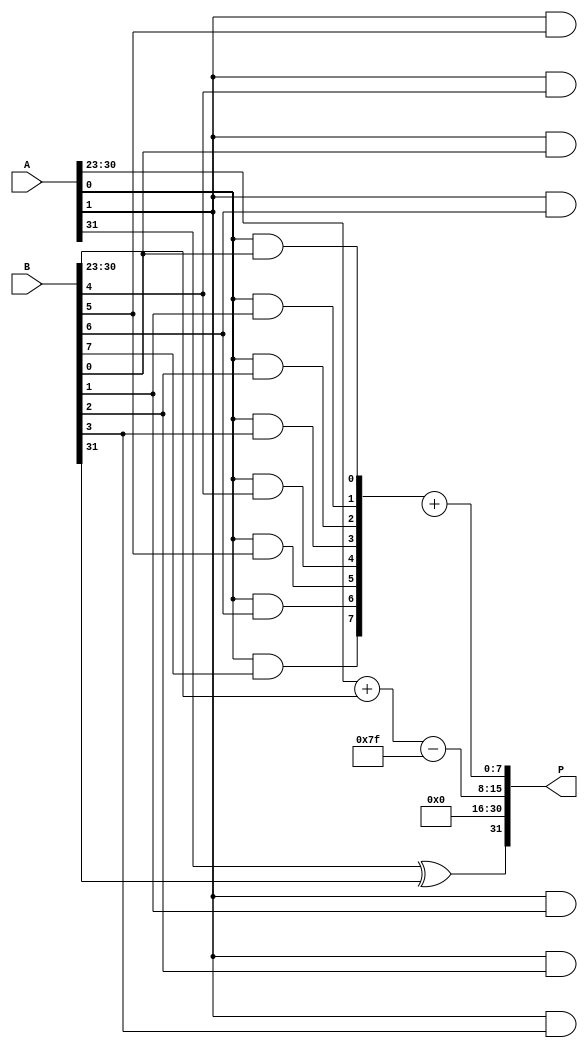
module floating_point_wallace_tree_multiplier #(
    parameter E = 8,  // Number of exponent bits
    parameter M = 23   // Number of significand bits
)(
    input [E + M:0] A,   // Floating-point input A
    input [E + M:0] B,   // Floating-point input B
    output reg [E + M:0] P // Product output P
);

    // Constants
    localparam BIAS = (1 << (E - 1)) - 1;

    // Extracting parts
    wire signA = A[E + M];
    wire signB = B[E + M];
    wire [E-1:0] expA = A[E + M - 1:E + M - E];
    wire [E-1:0] expB = B[E + M - 1:E + M - E];
    wire [M-1:0] sigA = A[M-1:0];
    wire [M-1:0] sigB = B[M-1:0];

    // Partial Product Generation
    wire [(M+M)-1:0] partial_products [0:M-1];
    genvar i, j;
    generate
        for (i = 0; i < M; i = i + 1) begin : pp_gen
            for (j = 0; j < M; j = j + 1) begin : pp_gen_inner
                assign partial_products[i][i + j] = sigA[i] & sigB[j];
            end
        end
    endgenerate

    // Wallace Tree Reduction (Using simple reduction for illustration)
    wire [(M+M)-1:0] sum [0:M-2]; // Intermediate sums
    wire [(M+M)-1:0] carry [0:M-2]; // Carries
    wire [M + M - 1:0] final_sum;

    // Simple reduction logic for demonstration purposes
    // This is where the Full Adder and Half Adder structures would normally go
    generate
        for (i = 0; i < M-1; i = i + 1) begin : reduction
            // Assume some form of reduction happens here
            assign sum[i] = partial_products[i] + partial_products[i+1]; // Simplified for clarity
            assign carry[i] = sum[i] >> 1; // Simple carry out
        end
    endgenerate

    // Final significand (Assuming M + M bits)
    wire [2*M+1:0] significand_out; // Final output significand
    assign significand_out = sum[0]; // Simplified: would normally involve more thorough reduction

    // Exponent Calculation
    wire [E-1:0] result_exponent = expA + expB - BIAS;

    // Sign Calculation
    wire result_sign = signA ^ signB;

    // Assemble final output (note: normalization and rounding not implemented ideally)
    always @(*) begin
        P[E + M] = result_sign;                 // Sign
        P[E + M - 1:E] = result_exponent;       // Exponent
        P[E - 1:0] = significand_out[M - 1:0]; // Significand
    end
    
endmodule